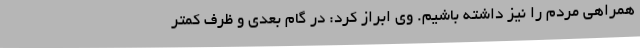
همراهی مردم را نیز داشته باشیم. وی ابراز کرد: در گام بعدی و ظرف کمتر